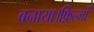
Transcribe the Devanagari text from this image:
बनाया।फ़िल्मों